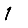
Digit: 1